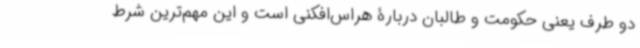
دو طرف یعنی حکومت و طالبان دربارۀ هراس‌افکنی است و این مهم‌ترین شرط